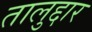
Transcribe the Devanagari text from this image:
तालुद्दार